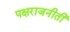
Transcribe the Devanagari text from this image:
पक्षराजनीती